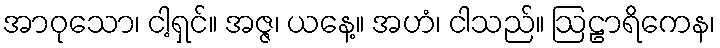
အာဝုသော၊ ငါ့ရှင်။ အဇ္ဇ၊ ယနေ့။ အဟံ၊ ငါသည်။ ဩဠာရိကေန၊